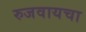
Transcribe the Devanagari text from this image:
रुजवायचा